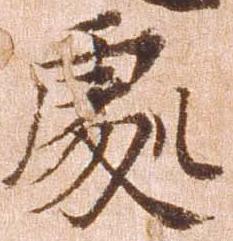
処